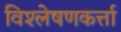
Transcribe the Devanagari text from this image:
विश्लेषणकर्त्ता